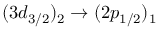
( 3 d _ { 3 / 2 } ) _ { 2 } \rightarrow ( 2 p _ { 1 / 2 } ) _ { 1 }